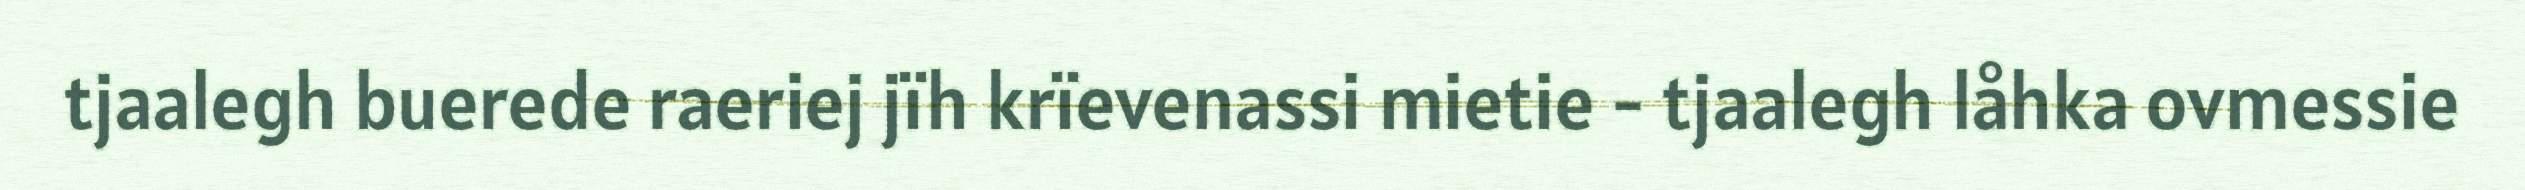
tjaalegh buerede raeriej jïh krïevenassi mietie - tjaalegh låhka ovmessie